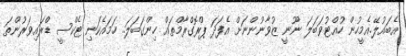
އެބައުލޭ.އެމީހުން ހުއްޓުވަބަލަ ނޫނީ ޒުވާނުންނަށް އެފަދަ ޕްރޮގްރާމްތައް ހިންގަބަލަ.. ހަމައެކަނި ޓެކްސީ ޑްރައިވަރުންތަ